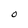
Character: O